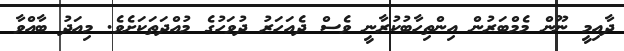
ދާއިމީ ނޫން މެމްބަރުން އިންތިހާބުކުރާނީ ވެސް ދެއަހަރު ދުވަހުގެ މުއްދަތަކަށެވެ. މިއަދު ބާއްވާ